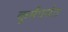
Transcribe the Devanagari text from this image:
कूर्मपर्वत